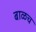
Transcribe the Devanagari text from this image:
बाळच